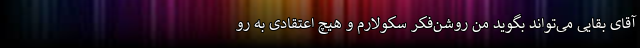
آقای بقایی می‌تواند بگوید من روشن‌فکر سکولارم و هیچ اعتقادی به رو